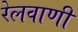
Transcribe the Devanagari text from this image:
रेलवाणी